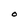
Character: O